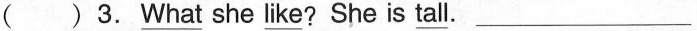
( ) 3. \underline{What} she \underline{like} ? She is \underline{tall}. ___